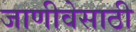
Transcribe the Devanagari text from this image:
जाणीवेसाठी